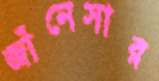
জাঁনেসার